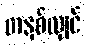
တနှစ်လျှင်